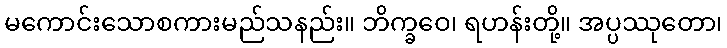
မကောင်းသောစကားမည်သနည်း။ ဘိက္ခဝေ၊ ရဟန်းတို့။ အပ္ပဿုတော၊